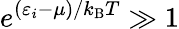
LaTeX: e^{(\varepsilon_{i}-\mu)/k_{\mathrm{{B}}}T}\gg 1